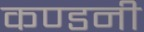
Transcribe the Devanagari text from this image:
कण्डनी